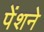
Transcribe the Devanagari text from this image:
पेंशने